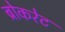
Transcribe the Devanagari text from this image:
ब्रोकरेट